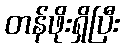
တန်ဖိုးရှိပြီး